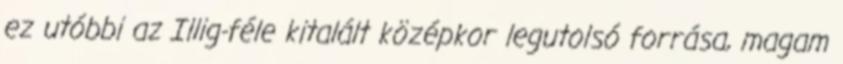
ez utóbbi az Illig-féle kitalált középkor legutolsó forrása, magam